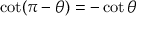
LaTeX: \cot ( \pi - \theta ) = - \cot \theta